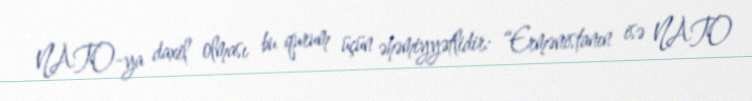
NATO-ya daxil olması bu qurum üçün əhəmiyyətlidir: “Ermənistanın isə NATO